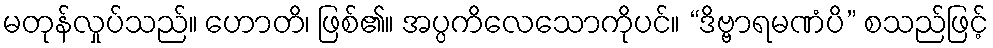
မတုန်လှုပ်သည်။ ဟောတိ၊ ဖြစ်၏။ အပ္ပကိလေသောကိုပင်။ “ဒိဗ္ဗာရမဏံပိ” စသည်ဖြင့်